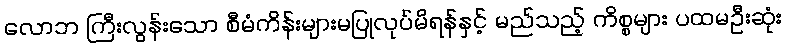
လောဘ ကြီးလွန်းသော စီမံကိန်းများမပြုလုပ်မိရန်နှင့် မည်သည့် ကိစ္စများ ပထမဦးဆုံး